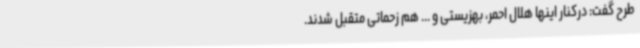
طرح گفت: درکنار اینها هلال احمر، بهزیستی و ... هم زحماتی متقبل شدند.